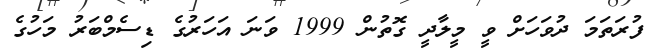
ފުރަތަމަ ދުވަހަށް ވީ މީލާދީ ގޮތުން 1999 ވަނަ އަހަރުގެ ޑިސެމްބަރު މަހުގެ